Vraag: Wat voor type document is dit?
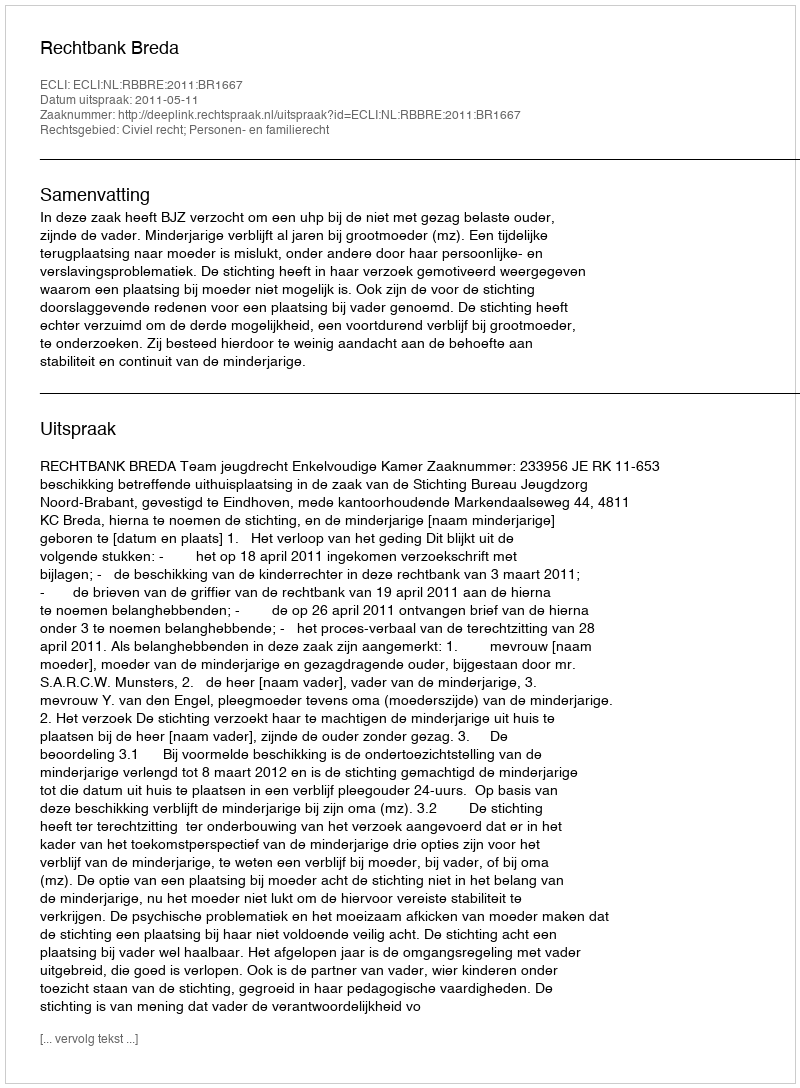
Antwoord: Uitspraak